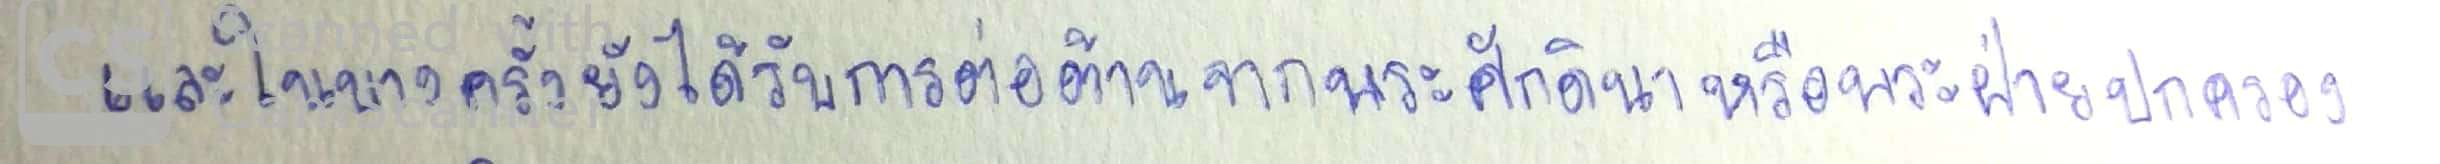
และในบางครั้งยังได้รับการต่อต้านจากพระศักดินาหรือพระฝ่ายปกครอง